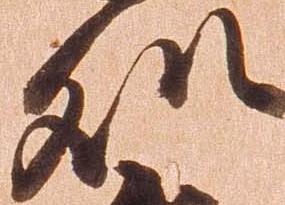
処